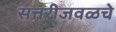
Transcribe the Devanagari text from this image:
सत्तरीजवळचे